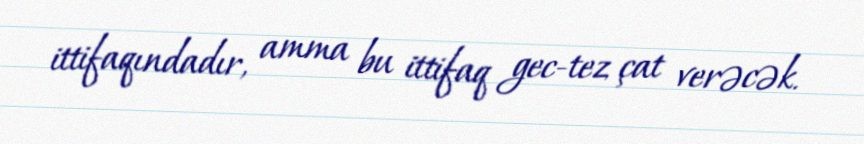
ittifaqındadır, amma bu ittifaq gec-tez çat verəcək.